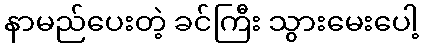
နာမည်ပေးတဲ့ ခင်ကြီး သွားမေးပေါ့